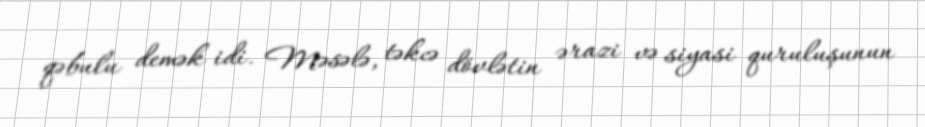
qəbulu demək idi. Məsələ, təkcə dövlətin ərazi və siyasi quruluşunun